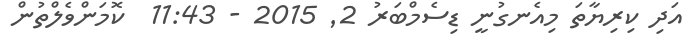
އަދި ކިރިޔާތަ މިއެނގުނީ ޑިސެމްބަރު 2